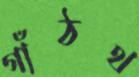
গাঁঠথ